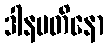
ဒါနပတိနော